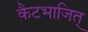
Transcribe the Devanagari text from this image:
कैटभाजित्